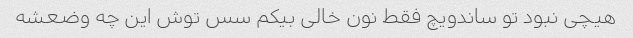
هیچی نبود تو ساندویچ فقط نون خالی بیکم سس توش این چه وضعشه